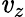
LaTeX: \mathit{v}_{z}